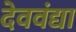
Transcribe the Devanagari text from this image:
देववंद्या